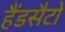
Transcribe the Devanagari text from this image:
हैंडसैटो